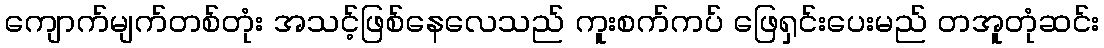
ကျောက်မျက်တစ်တုံး အသင့်ဖြစ်နေလေသည် ကူးစက်ကပ် ဖြေရှင်းပေးမည် တအူတုံဆင်း